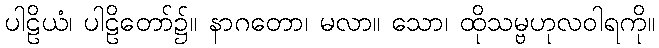
ပါဠိယံ၊ ပါဠိတော်၌။ နာဂတော၊ မလာ။ သော၊ ထိုသမ္ဗဟုလဝါရကို။